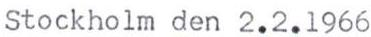
Stockholm den 2.2.1966